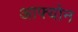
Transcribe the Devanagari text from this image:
आफ्योन